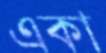
একা